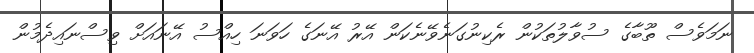
ނަމަވެސް ތޫބާގެ ސުވާލުތަކުން ރެކިނުގަނެވޭނެކަން އޭރު އޭނަގެ ހަވަނަ ހިއްސު އޭނައަށް ވިސްނައިދެމުން